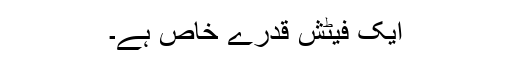
ایک فیٹش قدرے خاص ہے۔